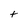
Character: t